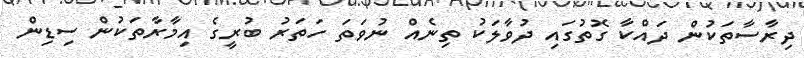
ދިރާސާތަކުން ދައްކާ ގޮތުގައި ދުވާލަކު ތިނެއް ނުވަތަ ހަތަރުު ބުރީގެ އިމާރާތަކުން ސިޑިން